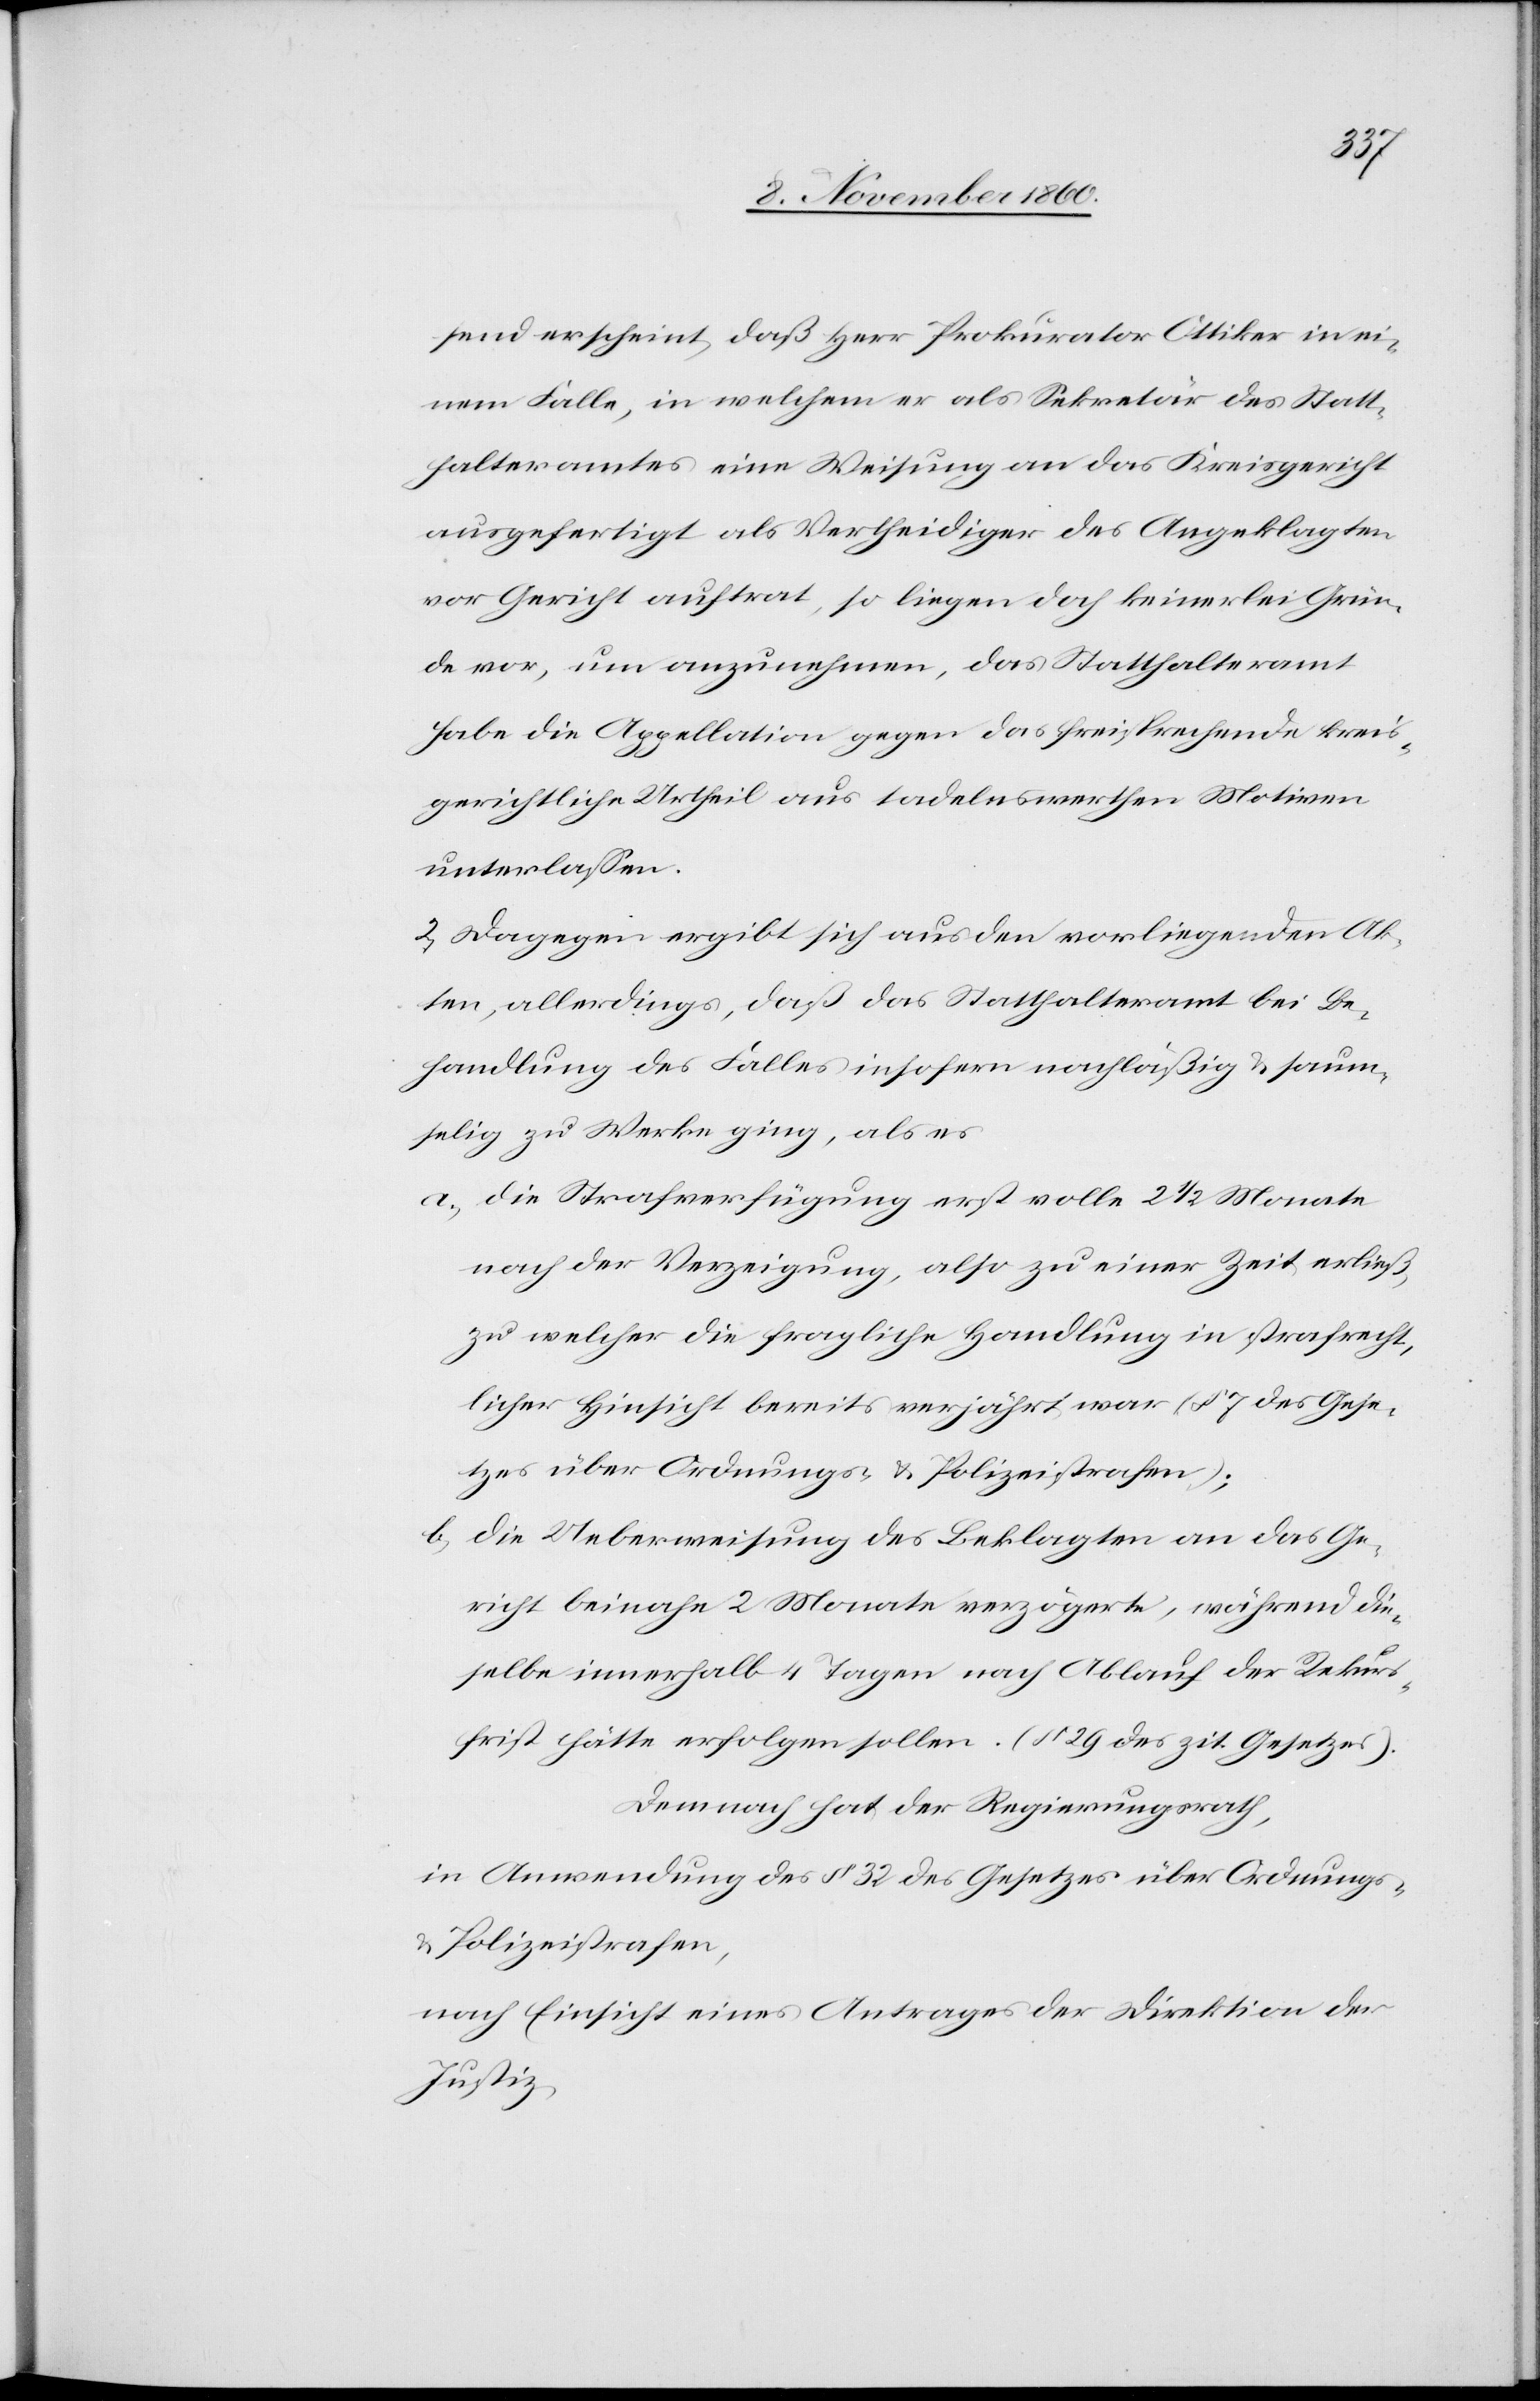
send erscheint, daß Herr Prokurator Ottiker in ei¬
nem Falle, in welchem er als Sekretär des Statt¬
halteramtes eine Weisung an das Kreisgericht
ausgefertigt als Vertheidiger des Angeklagten
vor Gericht auftrat, so liegen doch keinerlei Grün¬
de vor, um anzunehmen, das Statthalteramt
habe die Appellation gegen das freisprechende kreis¬
gerichtliche Urtheil aus tadelnswerthen Motiven
unterlassen.
2. Dagegen ergibt sich aus den vorliegenden Ak¬
ten, allerdings, daß das Statthalteramt bei Be¬
handlung des Falles insofern nachläßig u. saum¬
selig zu Werke ging, als es
a) die Strafverfügung erst volle 2 1/2 Monate
nach der Verzeigung, also zu einer Zeit erließ,
zu welcher die fragliche Handlung in strafrecht¬
licher Hinsicht bereits verjährt war (§ 7 des Gese¬
tzes über Ordnungs- u. Polizeistrafen);
b) die Ueberweisung des Beklagten an das Ge¬
richt benahe 2 Monate verzögerte, während die¬
selbe innerhalb 4 Tagen nach Ablauf der Rekurs¬
frist hätte erfolgen sollen. (§ 29 des zit. Gesetzes).
Demnach hat der Regierungsrath,
in Anwendung des § 32 des Gesetzes über Ordnungs-
u. Polizeistrafen,
nach Einsicht eines Antrages der Direktion der
Justiz,